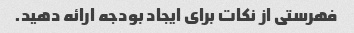
فهرستی از نکات برای ایجاد بودجه ارائه دهید.